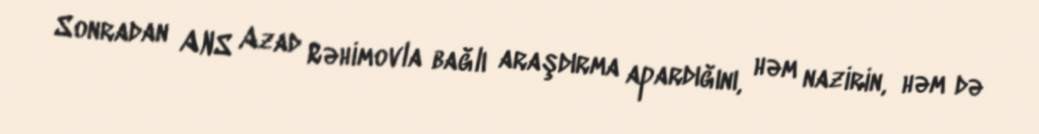
Sonradan ANS Azad Rəhimovla bağlı araşdırma apardığını, həm nazirin, həm də